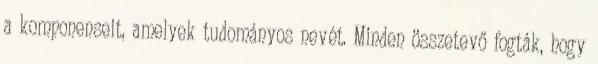
a komponenseit, amelyek tudományos nevét. Minden összetevő fogták, hogy